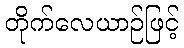
တိုက်လေယာဉ်ဖြင့်